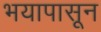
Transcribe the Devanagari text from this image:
भयापासून